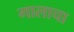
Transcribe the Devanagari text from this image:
गालाचा